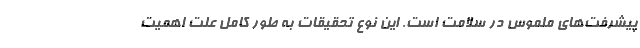
پیشرفت‌های ملموس در سلامت است. این نوع تحقیقات به‌ طور کامل علت اهمیت